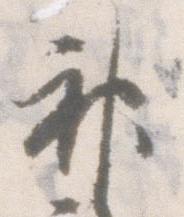
神